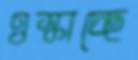
ওস্‌কাচ্ছে